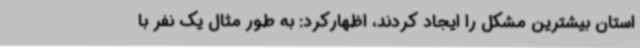
استان بیشترین مشکل را ایجاد کردند، اظهارکرد: به طور مثال یک نفر با